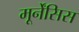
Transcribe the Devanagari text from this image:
मूर्नेंसिस